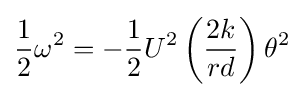
{\frac {1}{2}}\omega ^{2}=-{\frac {1}{2}}U^{2}\left({\frac {2k}{rd}}\right)\theta ^{2}